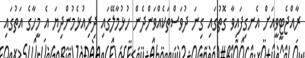
ރާއްޖެޓީވީއަށް އެނގިފައިވާ ގޮތުގައި ގިނަ ދުވަސްތަކެއްވަންދެން ހުޅުމާލޭގައި ދިރިއުޅެމުންދިޔަ އެ މީހާގެ އަތުގައި